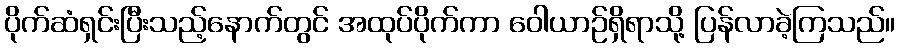
ပိုက်ဆံရှင်းပြီးသည့်နောက်တွင် အထုပ်ပိုက်ကာ ဝေါယာဉ်ရှိရာသို့ ပြန်လာခဲ့ကြသည်။